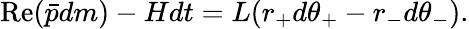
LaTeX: \mathrm{Re}(\bar{p}dm)-Hdt=L(r_{+}d\theta_{+}-r_{-}d\theta_{-}).